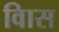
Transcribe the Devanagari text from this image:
विास